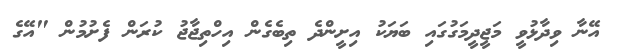
އޭނާ ވިދާޅުވީ މަޖީދީމަގުގައި ބަޔަކު އިށީންދެ ތިބެގެން އިހްތިޖާޖު ކުރަން ފެށުމުން "އޭގެ